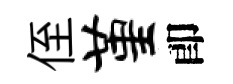
侄堇卽